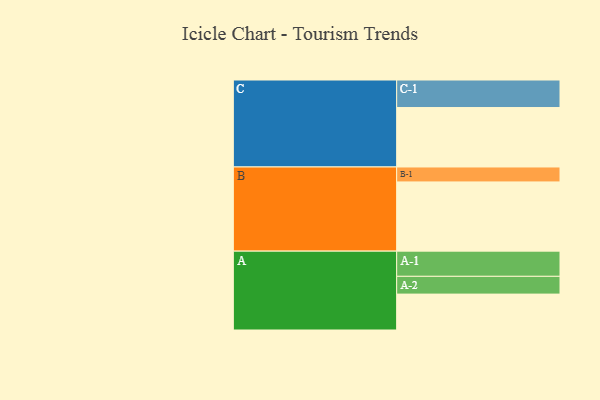
{"axis": {"x": "Segment", "y": "Value"}, "legend": ["", "A", "B", "C"], "data": [{"x": "A", "y": 305, "type": ""}, {"x": "B", "y": 588, "type": ""}, {"x": "C", "y": 505, "type": ""}, {"x": "A-1", "y": 214, "type": "A"}, {"x": "A-2", "y": 151, "type": "A"}, {"x": "B-1", "y": 127, "type": "B"}, {"x": "C-1", "y": 234, "type": "C"}]}